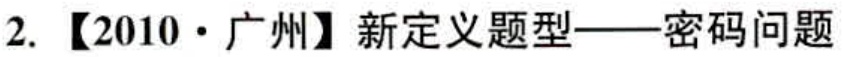
2. 【2010·广州】新定义题型——密码问题